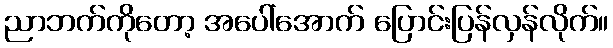
ညာဘက်ကိုတော့ အပေါ်အောက် ပြောင်းပြန်လှန်လိုက်။